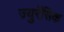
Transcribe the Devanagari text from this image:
ज्युरॅसिक